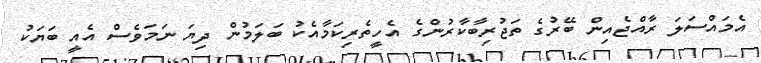
އެމައްސަލަ ރާއްޖެއިން ބޭރުގެ ތަޖުރިބާކާރުންގެ އެހީތެރިކަމާއެކު ބަލަމުން ދިޔަ ނަމަވެސް އެއީ ބަޔަކު